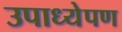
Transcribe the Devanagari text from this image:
उपाध्येपण